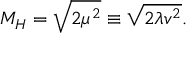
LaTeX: M _ { H } = { \sqrt { 2 \mu ^ { 2 } } } \equiv { \sqrt { 2 \lambda v ^ { 2 } } } .